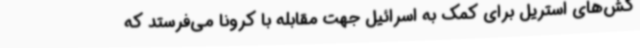
‌کش‌های استریل برای کمک به اسرائیل جهت مقابله با کرونا می‌فرستد که